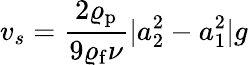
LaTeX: v_{s}=\frac{2\varrho_{\mathrm{p}}}{9\varrho_{\mathrm{f}}{\nu}}|a_{2}^{2}-a_{1}^{2}|g